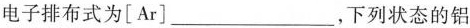
电子排布式为[Ar]___，下列状态的铝